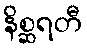
နိစ္ဆရတီ